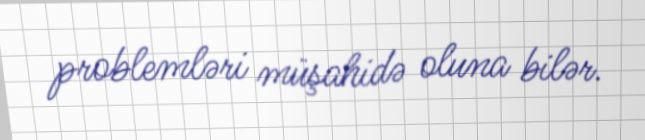
problemləri müşahidə oluna bilər.